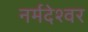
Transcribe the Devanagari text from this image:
नर्मदेश्‍वर